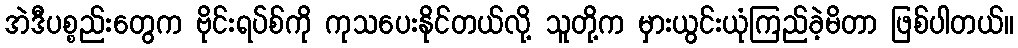
အဲဒီပစ္စည်းတွေက ဗိုင်းရပ်စ်ကို ကုသပေးနိုင်တယ်လို့ သူတို့က မှားယွင်းယုံကြည်ခဲ့မိတာ ဖြစ်ပါတယ်။